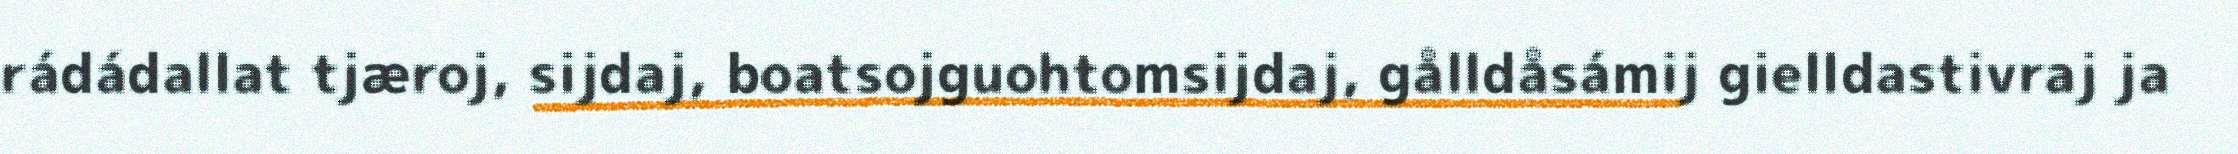
rádádallat tjæroj, sijdaj, boatsojguohtomsijdaj, gålldåsámij gielldastivraj ja